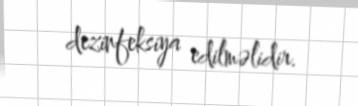
dezinfeksiya edilməlidir.